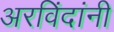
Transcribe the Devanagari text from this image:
अरविंदांनी